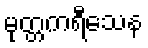
မုတ္တကရီသေန